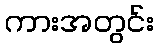
ကားအတွင်း